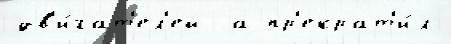
дв'и́гат'ел'ей  а пр'екрат'и́л